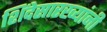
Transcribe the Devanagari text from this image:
शिंदेसारख्यांनी